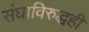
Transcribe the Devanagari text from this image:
संघाविरुद्धही